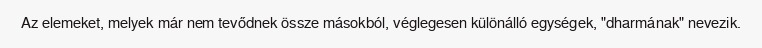
Az elemeket, melyek már nem tevődnek össze másokból, véglegesen különálló egységek, "dharmának" nevezik.